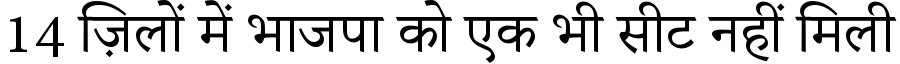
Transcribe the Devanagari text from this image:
14 ज़िलों में भाजपा को एक भी सीट नहीं मिली